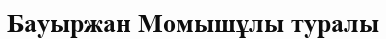
Бауыржан Момышұлы туралы